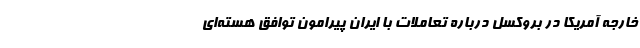
خارجه آمریکا در بروکسل درباره تعاملات با ایران پیرامون توافق هسته‌ای